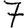
Digit: 7